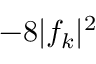
- 8 | f _ { k } | ^ { 2 }